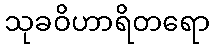
သုခဝိဟာရိတရော